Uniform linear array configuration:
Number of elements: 16
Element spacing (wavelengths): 0.75
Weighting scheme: uniform
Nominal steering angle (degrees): -30
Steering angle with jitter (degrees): -29.077
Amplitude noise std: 0.05
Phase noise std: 0.05

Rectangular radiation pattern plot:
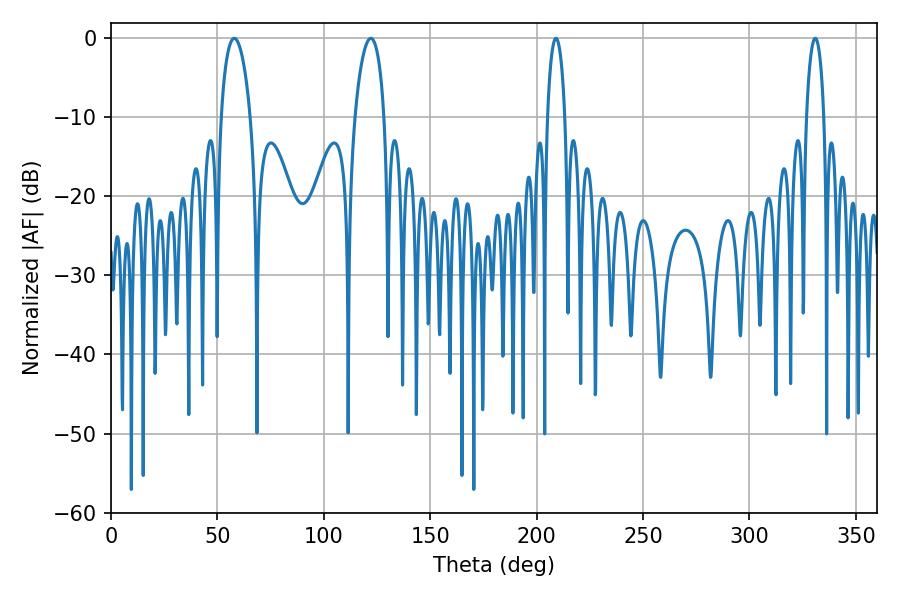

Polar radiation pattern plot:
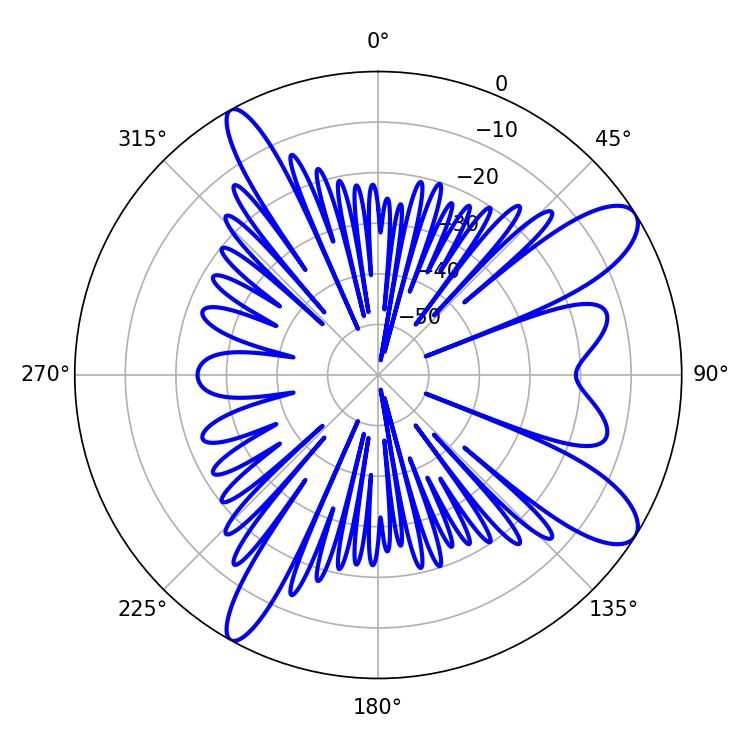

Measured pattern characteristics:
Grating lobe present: TRUE
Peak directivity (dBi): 10.602
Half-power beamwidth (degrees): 7.92
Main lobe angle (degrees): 57.96